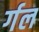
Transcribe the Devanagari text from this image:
र्गल